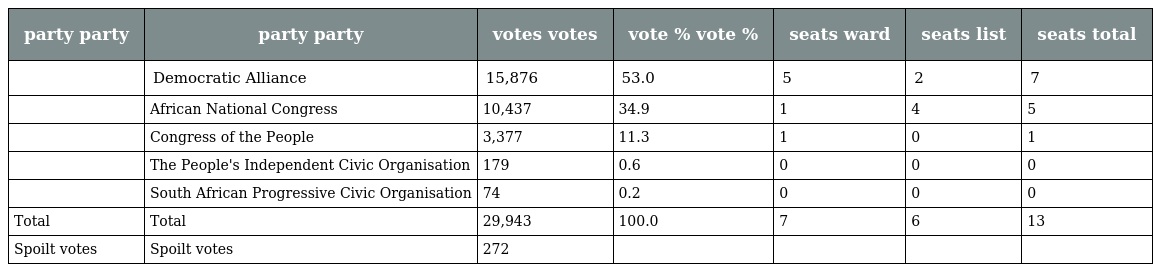
| party party | party party | votes votes | vote % vote % | seats ward | seats list | seats total |
 | --- | --- | --- | --- | --- | --- | --- |
 |  | Democratic Alliance | 15,876 | 53.0 | 5 | 2 | 7 |
 |  | African National Congress | 10,437 | 34.9 | 1 | 4 | 5 |
 |  | Congress of the People | 3,377 | 11.3 | 1 | 0 | 1 |
 |  | The People's Independent Civic Organisation | 179 | 0.6 | 0 | 0 | 0 |
 |  | South African Progressive Civic Organisation | 74 | 0.2 | 0 | 0 | 0 |
 | Total | Total | 29,943 | 100.0 | 7 | 6 | 13 |
 | Spoilt votes | Spoilt votes | 272 |  |  |  |  |